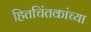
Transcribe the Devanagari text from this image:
हितचिंतकांच्या